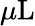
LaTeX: \mu\mathrm{L}